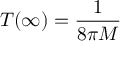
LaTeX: T ( \infty ) = { \frac { 1 } { 8 \pi M } }